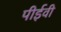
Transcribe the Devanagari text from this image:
पीईवी